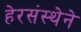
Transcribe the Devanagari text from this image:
हेरसंस्थेने